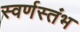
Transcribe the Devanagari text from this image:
स्वर्णस्तंभ